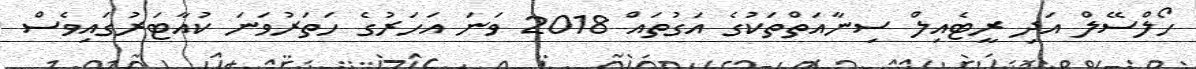
ހޯލްސޭލް އަދި ރީޓެއިލް ސިނާއަތްތަކުގެ އަގުތައް 2018 ވަނަ އަހަރުގެ ހަތަރުވަނަ ކުއާޓަރުގައިވެސް